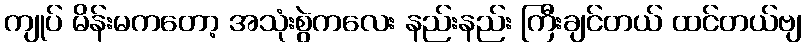
ကျုပ် မိန်းမကတော့ အသုံးစွဲကလေး နည်းနည်း ကြီးချင်တယ် ထင်တယ်ဗျ